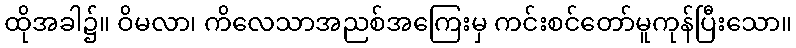
ထိုအခါ၌။ ဝိမလာ၊ ကိလေသာအညစ်အကြေးမှ ကင်းစင်တော်မူကုန်ပြီးသော။